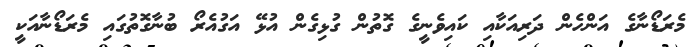
މެރަޑޯނާގެ އަންހެން ދަރިއަކާއި ކައިވެނީގެ ގޮތުން ގުޅިގެން އުޅޭ އަގުއެރޯ ބުނާގޮތުގައި މެރަޑޯނާއަކީ